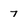
Character: 7